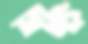
মিন্ট